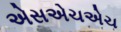
એસએચએચ